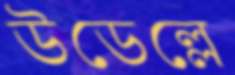
উডেল্লে